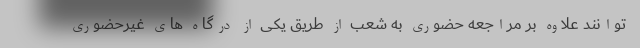
توانند علاوه بر مراجعه حضوری به شعب از طریق یکی از درگاه های غیرحضوری